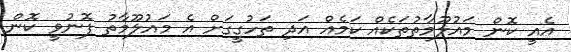
އެއީ ކޮން މައުލޫމާތުތަކެއް ކަމެއް އަދި ތަހުގީގަށް އެ މައުލޫމާތު ފޮނުވީ ކޮން